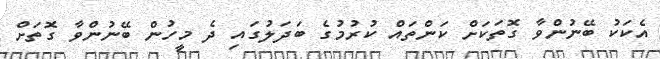
އެކަކު ބޭނުންވާ ގޮތަކަށް ކަންތައް ކުރުމުގެ ބަދަލުގައި ދެ މީހުން ބޭނުންވާ ގޮތަށް